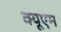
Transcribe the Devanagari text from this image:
क्यूएम